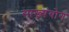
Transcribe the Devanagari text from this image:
साख्यंयोग